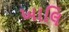
ખાલિ